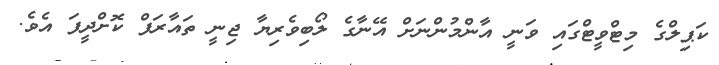
ކަޕިލްގެ މިޓްވީޓްގައި ވަނީ އާންމުންނަށް އޭނާގެ ލޯބިވެރިޔާ ޖިނީ ތައާރަފް ކޮށްދީފަ އެވެ.